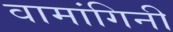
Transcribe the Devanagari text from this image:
वामांगिनी